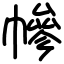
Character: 幓